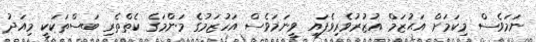
ނަމަވެސް މިކަމަށް އަޙުޒަމް އުޒުރުވެރިވެފައި ވީނަމަވެސް އަހުޒަމުގެ މަންމަގެ ކެތްތެރި ބަސްތަކަކީ މިއަދު